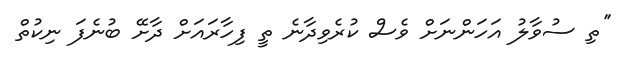
''ތި ސުވާލު އަހަންނަށް ވެސް ކުރެވިދާނެ ތީ ފިހާރައަށް ދާށޭ ބުނެފަ ނިކުތް